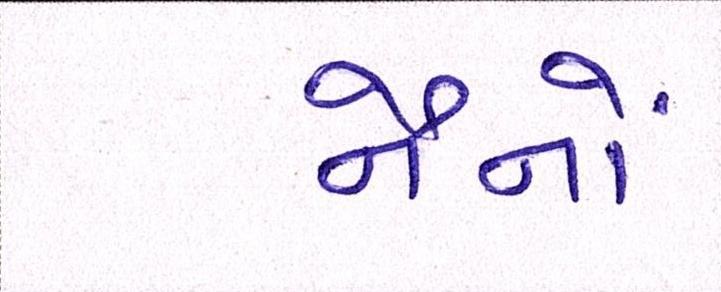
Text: નૈનોં